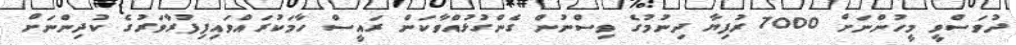
ދުވަސްވީ މީހުންނަށް 7000 ރުފިޔާ ދިނުމުގެ ވިސްނުން ގެންގުޅުއްވާކަން ރައީސް ހާމަކުރައްވައިފިފުރާވަރުގެ ކުދިންނަށް